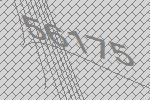
56175